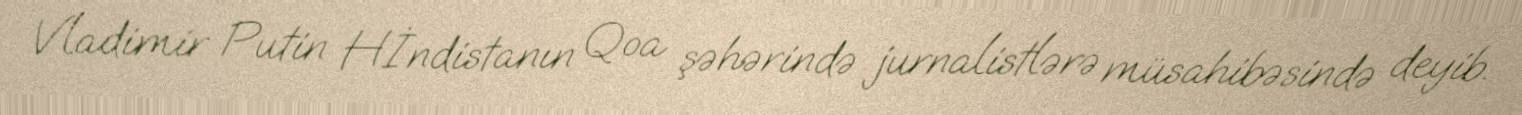
Vladimir Putin Hİndistanın Qoa şəhərində jurnalistlərə müsahibəsində deyib.